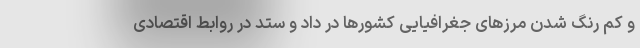
و کم رنگ شدن مرزهای جغرافیایی کشورها در داد و ستد در روابط اقتصادی